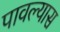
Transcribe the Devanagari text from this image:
पावल्यास